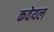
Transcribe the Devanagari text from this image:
कवेयल